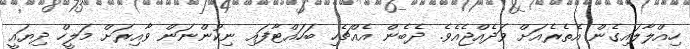
ހިއްލާލައިގެން އެތެރެއަށް ވަދެއްޖެއެވެ. ދެބެން އެއްޗެހި ބަހައްޓާފައި ނިކުންނަން ވާއިރަށް މަލީހް ދިޔައީ